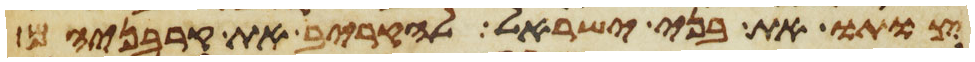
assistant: צותו את בני ישראל להקריב את קרבניהם